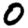
Digit: 0